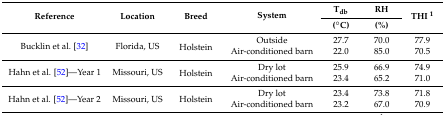
| <ROWSPAN=2> Reference | <ROWSPAN=2> Location | <ROWSPAN=2> Breed | <ROWSPAN=2> System | Tdb | RH | <ROWSPAN=2> THI 1 |
 | (°C) | (%) |
 | --- | --- | --- | --- | --- | --- | --- |
 | <ROWSPAN=2> Bucklin et al. [32] | <ROWSPAN=2> Florida, US | <ROWSPAN=2> Holstein | Outside | 27.7 | 70.0 | 77.9 |
 | Air-conditioned barn | 22.0 | 85.0 | 70.5 |
 | <ROWSPAN=2> Hahn et al. [52]—Year 1 | <ROWSPAN=2> Missouri, US | <ROWSPAN=2> Holstein | Dry lot | 25.9 | 66.9 | 74.9 |
 | Air-conditioned barn | 23.4 | 65.2 | 71.0 |
 | <ROWSPAN=2> Hahn et al. [52]—Year 2 | <ROWSPAN=2> Missouri, US | <ROWSPAN=2> Holstein | Dry lot | 23.4 | 73.8 | 71.8 |
 | Air-conditioned barn | 23.2 | 67.0 | 70.9 |